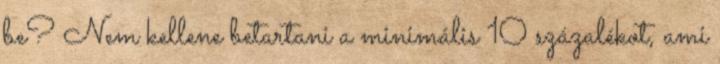
be? Nem kellene betartani a minimális 10 százalékot, ami